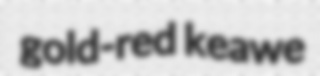
gold-red keawe